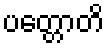
ပတ္တောတိ